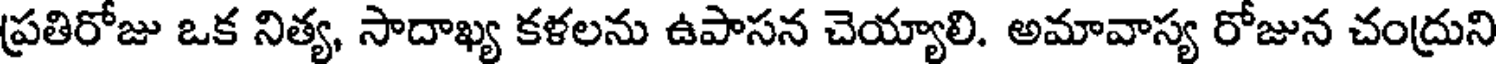
ప్రతిరోజు ఒక నిత్య, సాదాఖ్య కళలను ఉపాసన చెయ్యాలి. అమావాస్య రోజున చంద్రుని